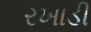
રખાડી